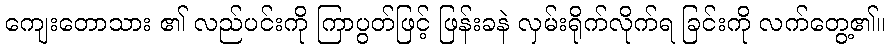
ကျေးတောသား ၏ လည်ပင်းကို ကြာပွတ်ဖြင့် ဖြန်းခနဲ လှမ်းရိုက်လိုက်ရ ခြင်းကို လက်တွေ့၏။